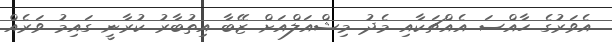
އެވަރުގެ ހާއްސަ އެއްޗަކާއި މެދު މިޝްއަލްއަށް ޒޭބާ އިތުބާރު ކުރާނީ ގައިމު ވަރެއް